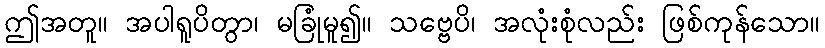
ဤအတူ။ အပါရူပိတွာ၊ မခြုံမူ၍။ သဗ္ဗေပိ၊ အလုံးစုံလည်း ဖြစ်ကုန်သော။